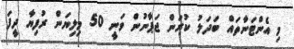
މި އެންޓަނާތައް ބަދަލު ކުރަން ޖަޕާނުން ވަނީ 50 މިލިޔަން ރުފިޔާ ދީފަ